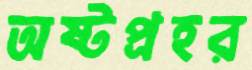
অষ্টপ্রহর